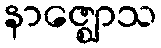
နာဇ္ဈောသ